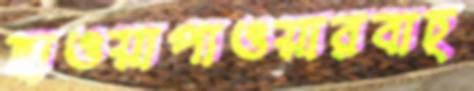
ছাওয়াপাওয়ারবাচ্